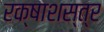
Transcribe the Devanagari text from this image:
रक्षाशस्त्र